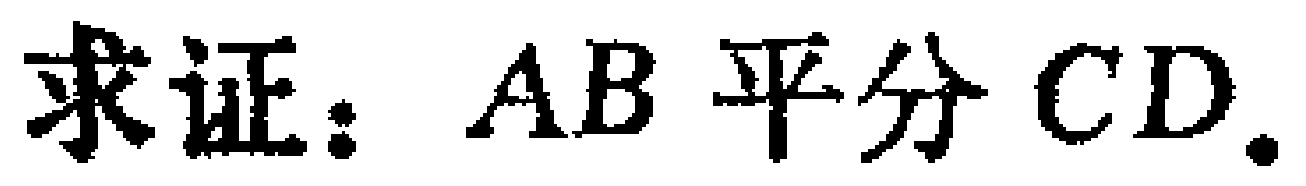
求证：$AB$ 平分 $CD$.